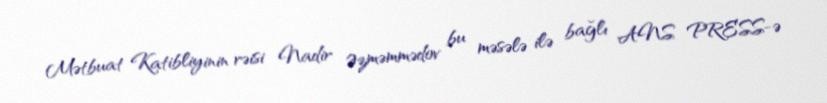
Mətbuat Katibliyinin rəisi Nadir Əzməmmədov bu məsələ ilə bağlı ANS PRESS-ə